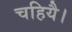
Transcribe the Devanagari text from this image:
चहियै।